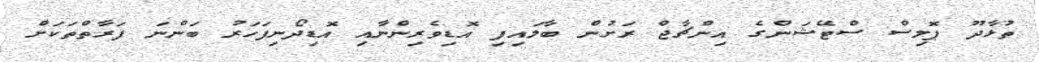
ތުޅާދޫ ޕޮލިސް ސްޓޭޝަންގެ އިންޗާޖް ރަށުން ބާލައިފި އޮޑިވެރިންނާއި އޮޑިދޯނިފަހަރު ބަންނަ ފަރާތްތަކަށް